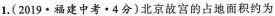
1.(2019·福建中考·4分)北京故宫的占地面积约为